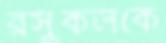
রসুকলকে